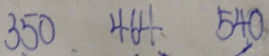
3 5 0 4 6 4 5 4 0